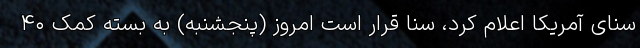
سنای آمریکا اعلام کرد، سنا قرار است امروز (پنجشنبه) به بسته کمک ۴۰